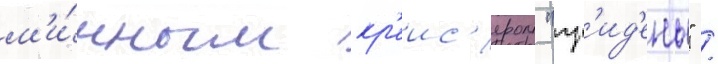
м'и́нным кр'еис'ером "гр'ид'ень" /